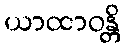
ယာထာဝန္တိ